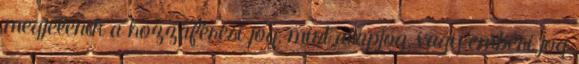
megjelenik a hozzáférési jog, mint alapjog, vagy emberi jog